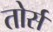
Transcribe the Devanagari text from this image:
तोर्स